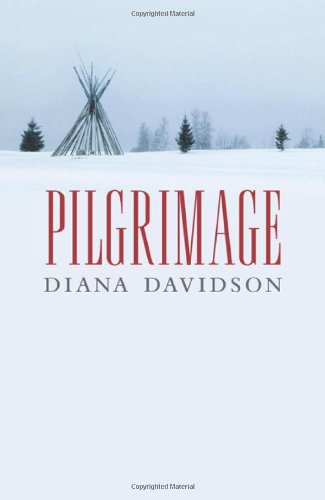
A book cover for Pilgrimage; Diana Davidson; Literature & Fiction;